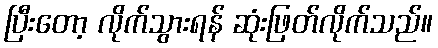
ပြီးတော့ လိုက်သွားရန် ဆုံးဖြတ်လိုက်သည်။